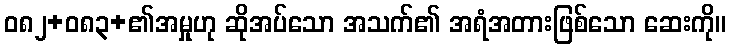
ဝ၈၂+၀၈၃+၏အမှုဟု ဆိုအပ်သော အသက်၏ အရံအတားဖြစ်သော ဆေးကို။